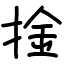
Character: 捦